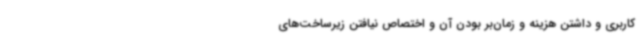
کاربری و داشتن هزینه و زمان‌بر بودن آن و اختصاص نیافتن زیرساخت‌های